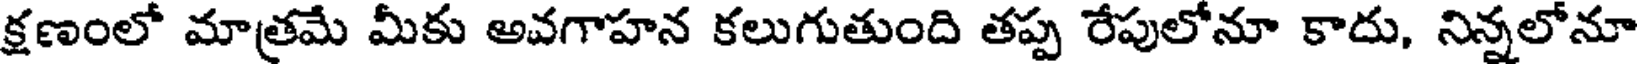
క్షణంలో మాత్రమే మీకు అవగాహన కలుగుతుంది తప్ప రేపులోనూ కాదు, నిన్నలోనూ